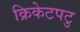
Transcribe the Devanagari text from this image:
क्रिकेटपटु